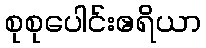
စုစုပေါင်းဧရိယာ